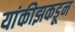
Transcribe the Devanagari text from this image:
यांकीझकडून